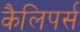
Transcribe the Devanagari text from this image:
कैलिपर्स